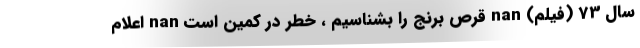
سال 73 (فیلم) nan قرص برنج را بشناسیم ، خطر در کمین است nan اعلام